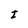
Character: I